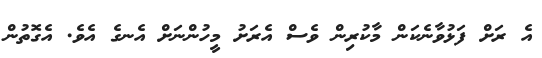
އެ ރަށް ފަޅުވާނެކަން މާކުރިން ވެސް އެރަށު މީހުންނަށް އެނގެ އެވެ. އެގޮތުން